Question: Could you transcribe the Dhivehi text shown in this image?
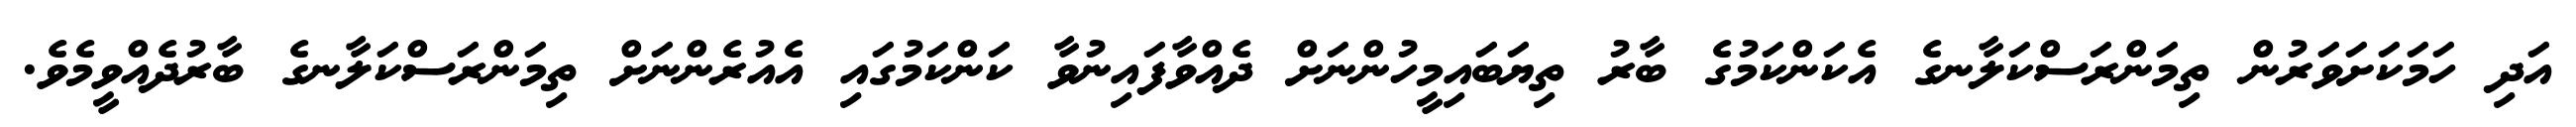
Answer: އަދި ހަމަކަށަވަރުން ތިމަންރަސްކަލާނގެ އެކަންކަމުގެ ބާރު ތިޔަބައިމީހުންނަށް ދެއްވާފައިނުވާ ކަންކަމުގައި އެއުރެންނަށް ތިމަންރަސްކަލާނގެ ބާރުދެއްވީމެވެ.